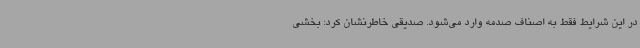
در این شرایط فقط به اصناف صدمه وارد می‌شود. صدیقی خاطرنشان کرد: بخشی